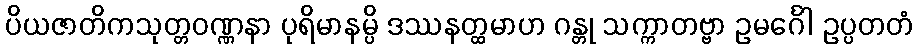
ပိယဇာတိကသုတ္တဝဏ္ဏနာ ပုရိမာနမ္ပိ ဒဿနတ္ထမာဟ ဂန္တု သက္ကာတဗ္ဗာ ဥမင်္ဂေါ ဥပ္ပတတံ